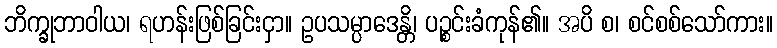
ဘိက္ခုဘာဝါယ၊ ရဟန်းဖြစ်ခြင်းငှာ။ ဥပသမ္ပာဒေန္တိ၊ ပဉ္စင်းခံကုန်၏။ အပိ စ၊ စင်စစ်သော်ကား။